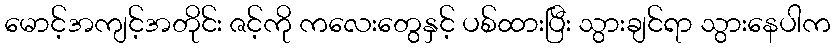
မောင့်အကျင့်အတိုင်း ဇင့်ကို ကလေးတွေနှင့် ပစ်ထားပြီး သွားချင်ရာ သွားနေပါက